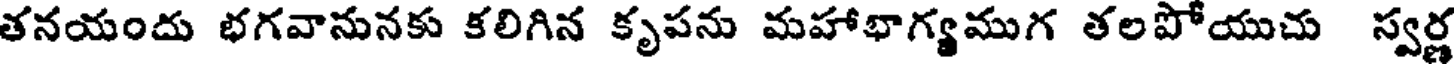
తనయందు భగవానునకు కలిగిన కృపను మహాభాగ్యముగ తలపోయుచు స్వర్ణ